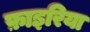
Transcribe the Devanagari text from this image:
फ़ाइरिया